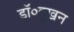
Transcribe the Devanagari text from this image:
डॉ०दुखन